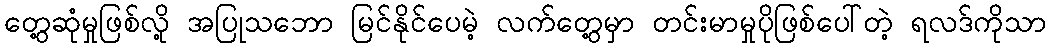
တွေ့ဆုံမှုဖြစ်လို့ အပြုသဘော မြင်နိုင်ပေမဲ့ လက်တွေ့မှာ တင်းမာမှုပိုဖြစ်ပေါ်တဲ့ ရလဒ်ကိုသာ